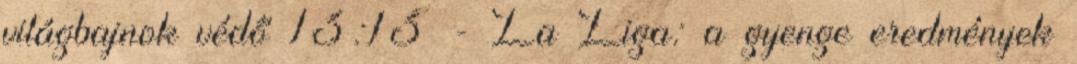
világbajnok védő 13:13 - La Liga: a gyenge eredmények